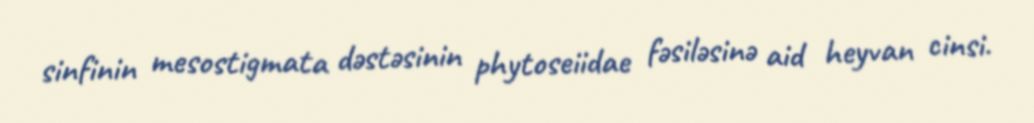
sinfinin mesostigmata dəstəsinin phytoseiidae fəsiləsinə aid heyvan cinsi.